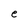
Character: e